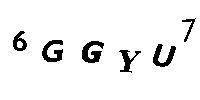
6GGYU7